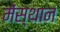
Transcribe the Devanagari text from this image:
मेंस्थान